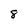
Character: 8